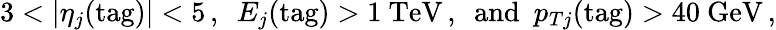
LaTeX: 3<|\eta_{j}(\mathrm{tag})|<5\, ,\ \ E_{j}(\mathrm{tag})>1~\mathrm{TeV}\, ,\ \ \mathrm{and}\ \ p_{Tj}(\mathrm{tag})>40~\mathrm{GeV}\, ,